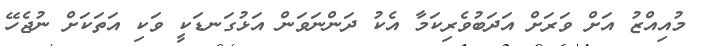
މުއިއްޒު އަށް ވަރަށް އަދަބުވެރިކަމާ އެކު ދަންނަވަން އަޅުގަނޑަކީ ވަކި އަތަކަށް ނުޖެހޭ